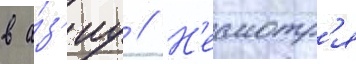
в а́з'иу // Н'есмотр'я